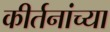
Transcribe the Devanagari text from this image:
कीर्तनांच्या